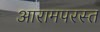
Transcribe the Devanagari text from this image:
आरामपरस्त